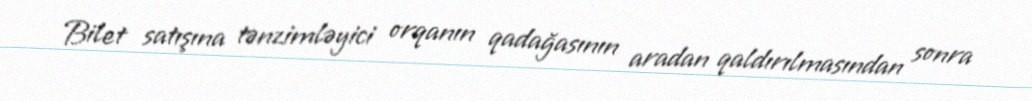
Bilet satışına tənzimləyici orqanın qadağasının aradan qaldırılmasından sonra